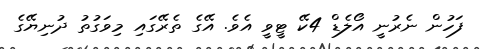
ފަހުން ނެރުނީ އޯލެޑް 4ކޭ ޓީވީ އެވެ. އޭގެ ތެރޭގައި މިވަގުތު ދުނިޔޭގެ